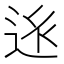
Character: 𨒢